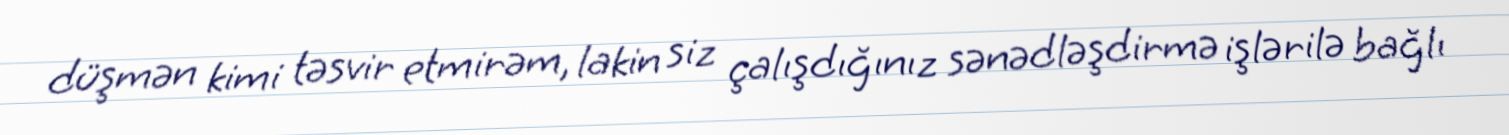
düşmən kimi təsvir etmirəm, lakin siz çalışdığınız sənədləşdirmə işlərilə bağlı